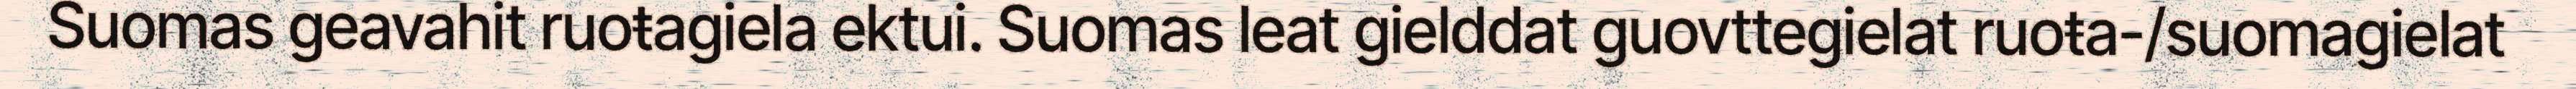
Suomas geavahit ruoŧagiela ektui. Suomas leat gielddat guovttegielat ruoŧa-/suomagielat